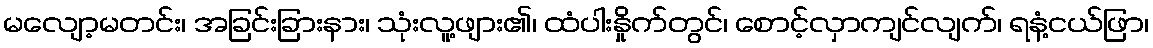
မလျော့မတင်း၊ အခြင်းခြားနား၊ သုံးလူ့ဖျား၏၊ ထံပါးနှိုက်တွင်၊ စောင့်လှာကျင်လျက်၊ ရနံ့ငယ်ဖြာ၊